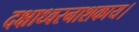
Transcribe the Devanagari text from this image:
दक्षाध्वरनाशकाय।